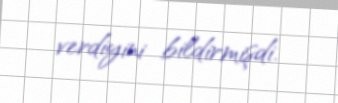
verdiyini bildirmişdi.